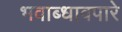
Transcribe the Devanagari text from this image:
भवाब्धावपारे